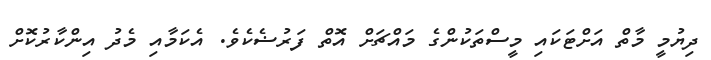
ދިޔުމީ މާތް އަށްޓަކައި މީސްތަކުންގެ މައްޗަށް އޮތް ފަރުޟެކެވެ. އެކަމާއި މެދު އިންކާރުކޮށް